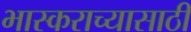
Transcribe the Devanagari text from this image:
भास्कराच्यासाठी